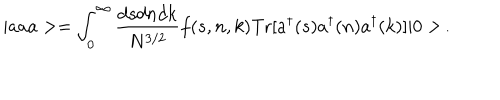
| a a a > = \int _ { 0 } ^ { \infty } \frac { d s d n d k } { N ^ { 3 / 2 } } f ( s , n , k ) \mathrm { T r } [ a ^ { \dagger } ( s ) a ^ { \dagger } ( n ) a ^ { \dagger } ( k ) ] | 0 > \, .